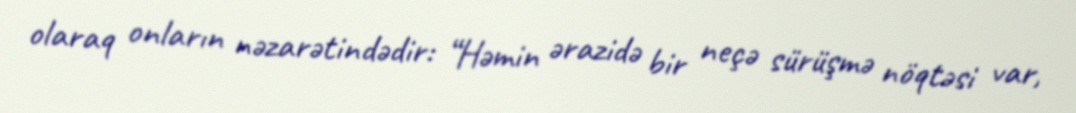
olaraq onların nəzarətindədir: “Həmin ərazidə bir neçə sürüşmə nöqtəsi var,